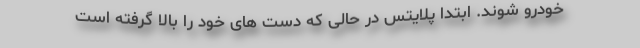
خودرو شوند. ابتدا پلایتس در حالی که دست های خود را بالا گرفته است